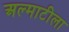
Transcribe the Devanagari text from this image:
अल्माटीला